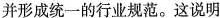
并形成统一的行业规范。这说明